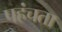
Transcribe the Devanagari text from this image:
पहंचता